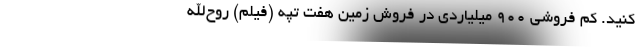
کنید. کم فروشی 900 میلیاردی در فروش زمین هفت تپه (فیلم) روح‌الله